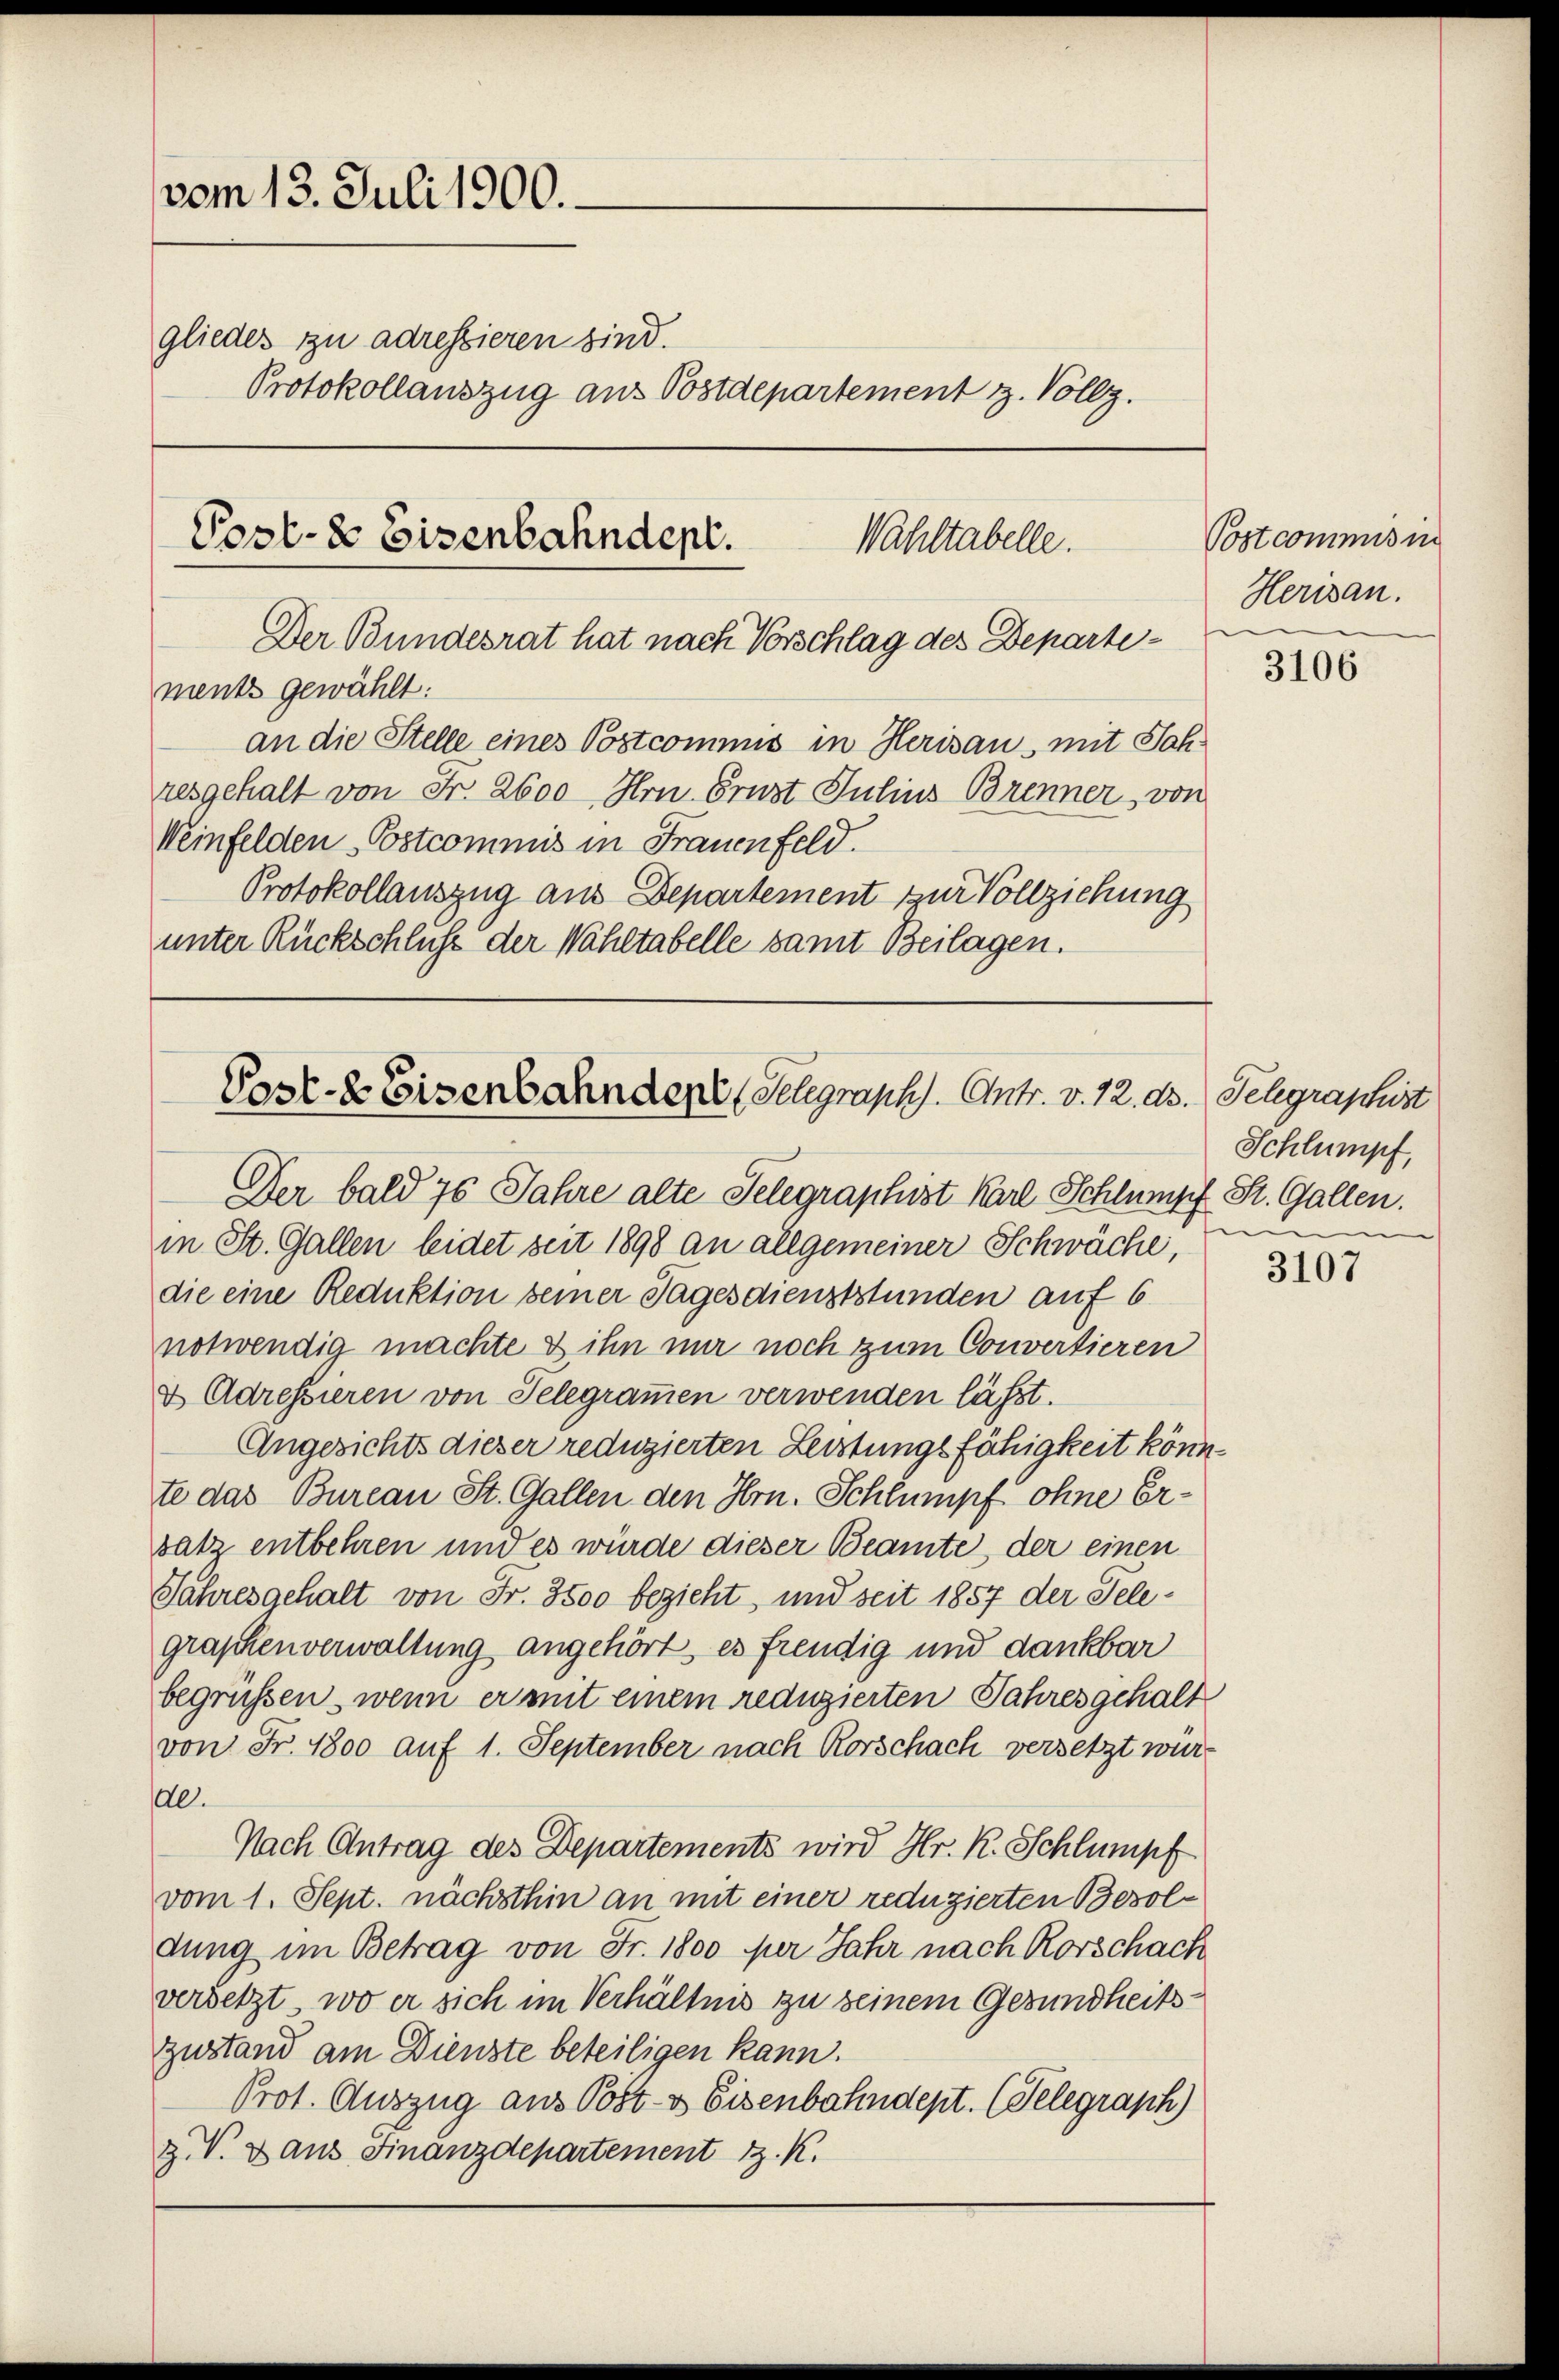
vom 13. Juli 1900.
gliedes zu adressieren sind.
Protokollauszug aus Postdepartement z. Vollz

Post- & Eisenbahndept.
Wahltabelle.
Der Bundesrat hat nach Vorschlag des Departements gewählt:
an die Stelle eines Postcommis in Herisau, mit Jah¬

Post- & Eisenbahndere Gelegraph. Antr. v. 12. ds. Telegraphist
Der bald 75 Jahre alte Telegraphist Karl Schlumpf St. Gallen.

resgehalt von Fr. 2600 Hrn. Prust Julius Brenner von
Weinfelden Postcommis in Frauenfeld.
Protokollauszug aus Departement zur Vollziehung
unter Rückschluß der Wahltabelle samt Beilagen.

Postcommis in
Herisan.

in St. Gallen leidet seit 1898 an allgemeiner Schwäche,
die eine Reduktion seiner Tagesdienststunden auf 6
notwendig machte & ihn nur noch zum Convertieren
& Adressieren von Telegrammen verwenden lässt.
Angesichts dieser reduzierten Leistungsfähigkeit könnte das Bureau St. Gallen den Hrn. Schlumpf ohne Ersatz entbehren und es würde dieser Beamte, der einen
Jahresgehalt von Fr. 3500 bezieht, und seit 1857 der Telegraphenverwaltung angehört, es freudig und dankbar
begrüssen, wenn er mit einem reduzierten Jahresgehalt
von Fr. 1800 auf 1. September nach Rorschach versetzt wurdl.
Nach Antrag des Departements wird Hr. R. Schlumpf
vom 1. Sept. nächsthin an mit einer reduzierten Besoldung im Betrag von Fr. 1800 per Jahr nach Korschach
versetzt, wo er sich im Verhältnis zu seinem Gesundheitszustand am Dienste beteiligen kann.
Prot. Auszug aus Post- & Eisenbahndept. (Telegraph)
z. V. Dans Finanzdepartement z. K.

3106

Schlumpf,
in

3107